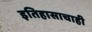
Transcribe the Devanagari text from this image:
इतिहासाचाही